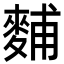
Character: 麱